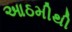
આઠમીથી